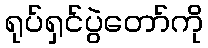
ရုပ်ရှင်ပွဲတော်ကို